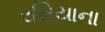
રસિયાના